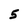
Character: 5